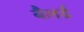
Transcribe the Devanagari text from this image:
बैलर्ड